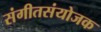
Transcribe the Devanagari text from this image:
संगीतसंयोजक